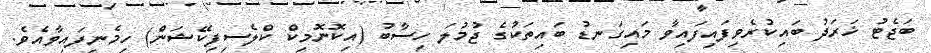
ބަޖެޓު ޚަރަދު ބައިކުރެވިފައިފައިވާ މައިގަނޑު ބައިތަކުގެ ޖުމުލަ ހިސާބު (އިކޮނޮމިކް ކްލެސިފިކޭޝަން) ހިމެނިފައިވާއެވެ.